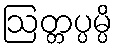
ဩတ္တပ္ပမ္ပိ